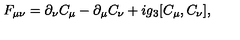
F _ { \mu \nu } = \partial _ { \nu } C _ { \mu } - \partial _ { \mu } C _ { \nu } + i g _ { 3 } [ C _ { \mu } , C _ { \nu } ] ,